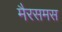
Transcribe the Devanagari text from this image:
मैरसमस